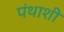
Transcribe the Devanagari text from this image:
पंथाशी